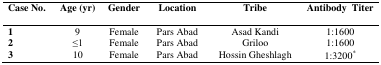
<table><thead><tr><td><b>Case No.</b></td><td><b>Age (yr)</b></td><td><b>Gender</b></td><td><b>Location</b></td><td><b>Tribe</b></td><td><b>Antibody Titer</b></td></tr></thead><tbody><tr><td><b>1</b></td><td>9</td><td>Female</td><td>Pars Abad</td><td>Asad Kandi</td><td>1:1600</td></tr><tr><td><b>2</b></td><td>≤1</td><td>Female</td><td>Pars Abad</td><td>Griloo</td><td>1:1600</td></tr><tr><td><b>3</b></td><td>10</td><td>Female</td><td>Pars Abad</td><td>Hossin Gheshlagh</td><td>1:3200<sup>*</sup></td></tr></tbody></table>